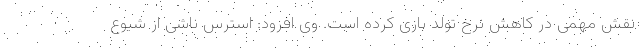
نقش مهمی در کاهش نرخ تولد بازی کرده است. وی افزود: استرس ناشی از شیوع